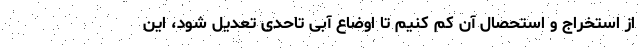
از استخراج و استحصال آن کم کنیم تا اوضاع آبی تاحدی تعدیل شود، این